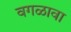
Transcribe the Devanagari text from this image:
वगळावा